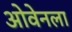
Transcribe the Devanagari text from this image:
ओवेनला